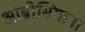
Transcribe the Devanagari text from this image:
आंब्रोसियाना